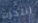
انتحرت